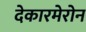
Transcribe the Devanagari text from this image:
देकारमेरोन